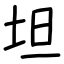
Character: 坦